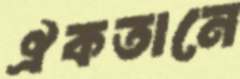
ঐকতানে